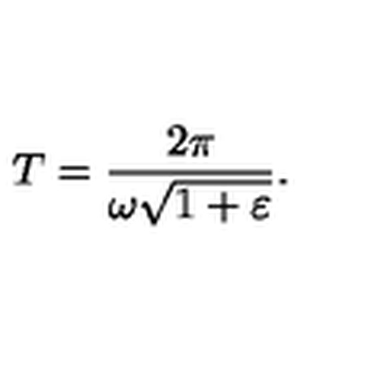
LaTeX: T = \frac { 2 \pi } { \omega \sqrt { 1 + \varepsilon } } .